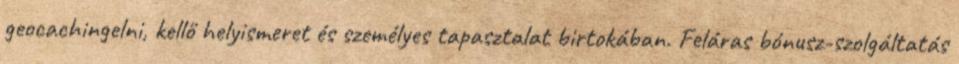
geocachingelni, kellő helyismeret és személyes tapasztalat birtokában. Feláras bónusz-szolgáltatás